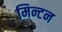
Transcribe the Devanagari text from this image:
मिन्टन